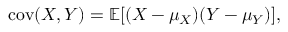
\operatorname { c o v } ( X , Y ) = \operatorname { \mathbb { E } } [ ( X - \mu _ { X } ) ( Y - \mu _ { Y } ) ] ,